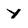
Character: Y